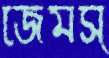
জেমস্